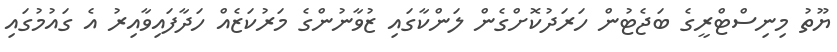
ޔޫތު މިނިސްޓްރީގެ ބަޖެޓުން ހަރަދުކޮށްގެން ލަންކާގައި ޒުވާނުންގެ މަރުކަޒެއް ހަދާފައިވާއިރު އެ ގައުމުގައި